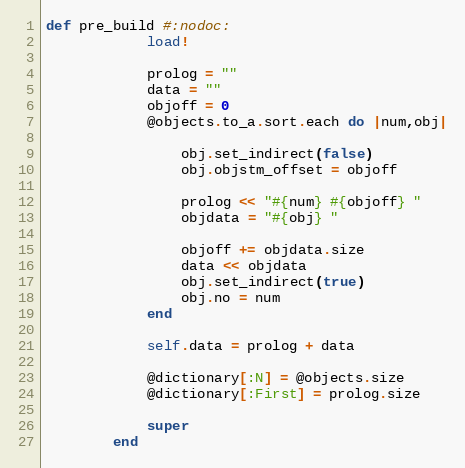
Language: Ruby
def pre_build #:nodoc:
            load!

            prolog = ""
            data = ""
            objoff = 0
            @objects.to_a.sort.each do |num,obj|

                obj.set_indirect(false)
                obj.objstm_offset = objoff

                prolog << "#{num} #{objoff} "
                objdata = "#{obj} "

                objoff += objdata.size
                data << objdata
                obj.set_indirect(true)
                obj.no = num
            end

            self.data = prolog + data

            @dictionary[:N] = @objects.size
            @dictionary[:First] = prolog.size

            super
        end